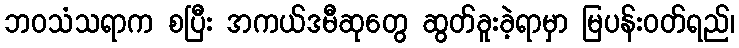
ဘဝသံသရာက စပြီး အကယ်ဒမီဆုတွေ ဆွတ်ခူးခဲ့ရာမှာ မြပန်းဝတ်ရည်၊